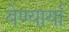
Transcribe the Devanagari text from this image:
येण्यार्या